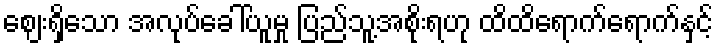
ဈေးရှိသော အလုပ်ခေါ်ယူမှု ပြည်သူ့အစိုးရဟု ထိထိရောက်ရောက်နှင့်